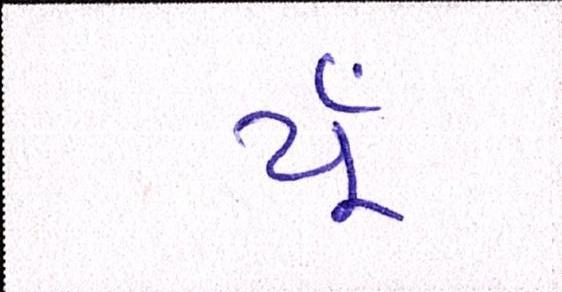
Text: યૂઁ